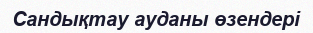
Сандықтау ауданы өзендері